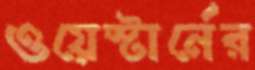
ওয়েস্টার্নের